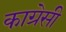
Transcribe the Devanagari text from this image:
काग्रेसी